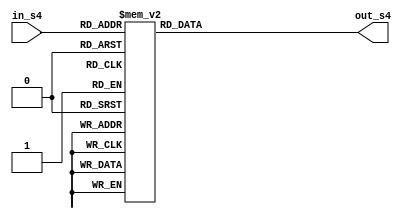
module s_box_04(in_s4,out_s4);

input [7:0] in_s4;
output reg [31:0] out_s4;

always@(*)
begin
	
	case(in_s4)
	
8'h00 : out_s4 = 32'h3a39ce37  ;
8'h01 : out_s4 = 32'hd3faf5cf  ;
8'h02 : out_s4 = 32'habc27737  ;
8'h03 : out_s4 = 32'h5ac52d1b  ;
8'h04 : out_s4 = 32'h5cb0679e  ;
8'h05 : out_s4 = 32'h4fa33742  ;
8'h06 : out_s4 = 32'hd3822740  ;
8'h07 : out_s4 = 32'h99bc9bbe  ;
8'h08 : out_s4 = 32'hd5118e9d  ;
8'h09 : out_s4 = 32'hbf0f7315  ;
8'h0A : out_s4 = 32'hd62d1c7e  ;
8'h0B : out_s4 = 32'hc700c47b  ;
8'h0C : out_s4 = 32'hb78c1b6b  ;
8'h0D : out_s4 = 32'h21a19045  ;
8'h0E : out_s4 = 32'hb26eb1be  ;
8'h0F : out_s4 = 32'h6a366eb4  ;
8'h10 : out_s4 = 32'h5748ab2f  ;
8'h11 : out_s4 = 32'hbc946e79  ;
8'h12 : out_s4 = 32'hc6a376d2  ;
8'h13 : out_s4 = 32'h6549c2c8  ;
8'h14 : out_s4 = 32'h530ff8ee  ;
8'h15 : out_s4 = 32'h468dde7d  ;
8'h16 : out_s4 = 32'hd5730a1d  ;
8'h17 : out_s4 = 32'h4cd04dc6  ;
8'h18 : out_s4 = 32'h2939bbdb  ;
8'h19 : out_s4 = 32'ha9ba4650  ;
8'h1A : out_s4 = 32'hac9526e8  ;
8'h1B : out_s4 = 32'hbe5ee304  ;
8'h1C : out_s4 = 32'ha1fad5f0  ;
8'h1D : out_s4 = 32'h6a2d519a  ;
8'h1E : out_s4 = 32'h63ef8ce2  ;
8'h1F : out_s4 = 32'h9a86ee22  ;
8'h20 : out_s4 = 32'hc089c2b8  ;
8'h21 : out_s4 = 32'h43242ef6  ;
8'h22 : out_s4 = 32'ha51e03aa  ;
8'h23 : out_s4 = 32'h9cf2d0a4  ;
8'h24 : out_s4 = 32'h83c061ba  ;
8'h25 : out_s4 = 32'h9be96a4d  ;
8'h26 : out_s4 = 32'h8fe51550  ;
8'h27 : out_s4 = 32'hba645bd6  ;
8'h28 : out_s4 = 32'h2826a2f9  ;
8'h29 : out_s4 = 32'ha73a3ae1  ;
8'h2A : out_s4 = 32'h4ba99586  ;
8'h2B : out_s4 = 32'hef5562e9  ;
8'h2C : out_s4 = 32'hc72fefd3  ;
8'h2D : out_s4 = 32'hf752f7da  ;
8'h2E : out_s4 = 32'h3f046f69  ;
8'h2F : out_s4 = 32'h77fa0a59  ;
8'h30 : out_s4 = 32'h80e4a915  ;
8'h31 : out_s4 = 32'h87b08601  ;
8'h32 : out_s4 = 32'h9b09e6ad  ;
8'h33 : out_s4 = 32'h3b3ee593  ;
8'h34 : out_s4 = 32'he990fd5a  ;
8'h35 : out_s4 = 32'h9e34d797  ;
8'h36 : out_s4 = 32'h2cf0b7d9  ;
8'h37 : out_s4 = 32'h022b8b51  ;
8'h38 : out_s4 = 32'h96d5ac3a  ;
8'h39 : out_s4 = 32'h017da67d  ;
8'h3A : out_s4 = 32'hd1cf3ed6  ;
8'h3B : out_s4 = 32'h7c7d2d28  ;
8'h3C : out_s4 = 32'h1f9f25cf  ;
8'h3D : out_s4 = 32'hadf2b89b  ;
8'h3E : out_s4 = 32'h5ad6b472  ;
8'h3F : out_s4 = 32'h5a88f54c  ;
8'h40 : out_s4 = 32'he029ac71  ;
8'h41 : out_s4 = 32'he019a5e6  ;
8'h42 : out_s4 = 32'h47b0acfd  ;
8'h43 : out_s4 = 32'hed93fa9b  ;
8'h44 : out_s4 = 32'he8d3c48d  ;
8'h45 : out_s4 = 32'h283b57cc  ;
8'h46 : out_s4 = 32'hf8d56629  ;
8'h47 : out_s4 = 32'h79132e28  ;
8'h48 : out_s4 = 32'h785f0191  ;
8'h49 : out_s4 = 32'hed756055  ;
8'h4A : out_s4 = 32'hf7960e44  ;
8'h4B : out_s4 = 32'he3d35e8c  ;
8'h4C : out_s4 = 32'h15056dd4  ;
8'h4D : out_s4 = 32'h88f46dba  ;
8'h4E : out_s4 = 32'h03a16125  ;
8'h4F : out_s4 = 32'h0564f0bd  ;
8'h50 : out_s4 = 32'hc3eb9e15  ;
8'h51 : out_s4 = 32'h3c9057a2  ;
8'h52 : out_s4 = 32'h97271aec  ;
8'h53 : out_s4 = 32'ha93a072a  ;
8'h54 : out_s4 = 32'h1b3f6d9b  ;
8'h55 : out_s4 = 32'h1e6321f5  ;
8'h56 : out_s4 = 32'hf59c66fb  ;
8'h57 : out_s4 = 32'h26dcf319  ;
8'h58 : out_s4 = 32'h7533d928  ;
8'h59 : out_s4 = 32'hb155fdf5  ;
8'h5A : out_s4 = 32'h03563482  ;
8'h5B : out_s4 = 32'h8aba3cbb  ;
8'h5C : out_s4 = 32'h28517711  ;
8'h5D : out_s4 = 32'hc20ad9f8  ;
8'h5E : out_s4 = 32'habcc5167  ;
8'h5F : out_s4 = 32'hccad925f  ;
8'h60 : out_s4 = 32'h4de81751  ;
8'h61 : out_s4 = 32'h3830dc8e  ;
8'h62 : out_s4 = 32'h379d5862  ;
8'h63 : out_s4 = 32'h9320f991  ;
8'h64 : out_s4 = 32'hea7a90c2  ;
8'h65 : out_s4 = 32'hfb3e7bce  ;
8'h66 : out_s4 = 32'h5121ce64  ;
8'h67 : out_s4 = 32'h774fbe32  ;
8'h68 : out_s4 = 32'ha8b6e37e  ;
8'h69 : out_s4 = 32'hc3293d46  ;
8'h6A : out_s4 = 32'h48de5369  ;
8'h6B : out_s4 = 32'h6413e680  ;
8'h6C : out_s4 = 32'ha2ae0810  ;
8'h6D : out_s4 = 32'hdd6db224  ;
8'h6E : out_s4 = 32'h69852dfd  ;
8'h6F : out_s4 = 32'h09072166  ;
8'h70 : out_s4 = 32'hb39a460a  ;
8'h71 : out_s4 = 32'h6445c0dd  ;
8'h72 : out_s4 = 32'h586cdecf  ;
8'h73 : out_s4 = 32'h1c20c8ae  ;
8'h74 : out_s4 = 32'h5bbef7dd  ;
8'h75 : out_s4 = 32'h1b588d40  ;
8'h76 : out_s4 = 32'hccd2017f  ;
8'h77 : out_s4 = 32'h6bb4e3bb  ;
8'h78 : out_s4 = 32'hdda26a7e  ;
8'h79 : out_s4 = 32'h3a59ff45  ;
8'h7A : out_s4 = 32'h3e350a44  ;
8'h7B : out_s4 = 32'hbcb4cdd5  ;
8'h7C : out_s4 = 32'h72eacea8  ;
8'h7D : out_s4 = 32'hfa6484bb  ;
8'h7E : out_s4 = 32'h8d6612ae  ;
8'h7F : out_s4 = 32'hbf3c6f47  ;
8'h80 : out_s4 = 32'hd29be463  ;
8'h81 : out_s4 = 32'h542f5d9e  ;
8'h82 : out_s4 = 32'haec2771b  ;
8'h83 : out_s4 = 32'hf64e6370  ;
8'h84 : out_s4 = 32'h740e0d8d  ;
8'h85 : out_s4 = 32'he75b1357  ;
8'h86 : out_s4 = 32'hf8721671  ;
8'h87 : out_s4 = 32'haf537d5d  ;
8'h88 : out_s4 = 32'h4040cb08  ;
8'h89 : out_s4 = 32'h4eb4e2cc  ;
8'h8A : out_s4 = 32'h34d2466a  ;
8'h8B : out_s4 = 32'h0115af84  ;
8'h8C : out_s4 = 32'he1b00428  ;
8'h8D : out_s4 = 32'h95983a1d  ;
8'h8E : out_s4 = 32'h06b89fb4  ;
8'h8F : out_s4 = 32'hce6ea048  ;
8'h90 : out_s4 = 32'h6f3f3b82  ;
8'h91 : out_s4 = 32'h3520ab82  ;
8'h92 : out_s4 = 32'h011a1d4b  ;
8'h93 : out_s4 = 32'h277227f8  ;
8'h94 : out_s4 = 32'h611560b1  ;
8'h95 : out_s4 = 32'he7933fdc  ;
8'h96 : out_s4 = 32'hbb3a792b  ;
8'h97 : out_s4 = 32'h344525bd  ;
8'h98 : out_s4 = 32'ha08839e1  ;
8'h99 : out_s4 = 32'h51ce794b  ;
8'h9A : out_s4 = 32'h2f32c9b7  ;
8'h9B : out_s4 = 32'ha01fbac9  ;
8'h9C : out_s4 = 32'he01cc87e  ;
8'h9D : out_s4 = 32'hbcc7d1f6  ;
8'h9E : out_s4 = 32'hcf0111c3  ;
8'h9F : out_s4 = 32'ha1e8aac7  ;
8'hA0 : out_s4 = 32'h1a908749  ;
8'hA1 : out_s4 = 32'hd44fbd9a  ;
8'hA2 : out_s4 = 32'hd0dadecb  ;
8'hA3 : out_s4 = 32'hd50ada38  ;
8'hA4 : out_s4 = 32'h0339c32a  ;
8'hA5 : out_s4 = 32'hc6913667  ;
8'hA6 : out_s4 = 32'h8df9317c  ;
8'hA7 : out_s4 = 32'he0b12b4f  ;
8'hA8 : out_s4 = 32'hf79e59b7  ;
8'hA9 : out_s4 = 32'h43f5bb3a  ;
8'hAA : out_s4 = 32'hf2d519ff  ;
8'hAB : out_s4 = 32'h27d9459c  ;
8'hAC : out_s4 = 32'hbf97222c  ;
8'hAD : out_s4 = 32'h15e6fc2a  ;
8'hAE : out_s4 = 32'h0f91fc71  ;
8'hAF : out_s4 = 32'h9b941525  ;
8'hB0 : out_s4 = 32'hfae59361  ;
8'hB1 : out_s4 = 32'hceb69ceb  ;
8'hB2 : out_s4 = 32'hc2a86459  ;
8'hB3 : out_s4 = 32'h12baa8d1  ;
8'hB4 : out_s4 = 32'hb6c1075e  ;
8'hB5 : out_s4 = 32'he3056a0c  ;
8'hB6 : out_s4 = 32'h10d25065  ;
8'hB7 : out_s4 = 32'hcb03a442  ;
8'hB8 : out_s4 = 32'he0ec6e0e  ;
8'hB9 : out_s4 = 32'h1698db3b  ;
8'hBA : out_s4 = 32'h4c98a0be  ;
8'hBB : out_s4 = 32'h3278e964  ;
8'hBC : out_s4 = 32'h9f1f9532  ;
8'hBD : out_s4 = 32'he0d392df  ;
8'hBE : out_s4 = 32'hd3a0342b  ;
8'hBF : out_s4 = 32'h8971f21e  ;
8'hC0 : out_s4 = 32'h1b0a7441  ;
8'hC1 : out_s4 = 32'h4ba3348c  ;
8'hC2 : out_s4 = 32'hc5be7120  ;
8'hC3 : out_s4 = 32'hc37632d8  ;
8'hC4 : out_s4 = 32'hdf359f8d  ;
8'hC5 : out_s4 = 32'h9b992f2e  ;
8'hC6 : out_s4 = 32'he60b6f47  ;
8'hC7 : out_s4 = 32'h0fe3f11d  ;
8'hC8 : out_s4 = 32'he54cda54  ;
8'hC9 : out_s4 = 32'h1edad891  ;
8'hCA : out_s4 = 32'hce6279cf  ;
8'hCB : out_s4 = 32'hcd3e7e6f  ;
8'hCC : out_s4 = 32'h1618b166  ;
8'hCD : out_s4 = 32'hfd2c1d05  ;
8'hCE : out_s4 = 32'h848fd2c5  ;
8'hCF : out_s4 = 32'hf6fb2299  ;
8'hD0 : out_s4 = 32'hf523f357  ;
8'hD1 : out_s4 = 32'ha6327623  ;
8'hD2 : out_s4 = 32'h93a83531  ;
8'hD3 : out_s4 = 32'h56cccd02  ;
8'hD4 : out_s4 = 32'hacf08162  ;
8'hD5 : out_s4 = 32'h5a75ebb5  ;
8'hD6 : out_s4 = 32'h6e163697  ;
8'hD7 : out_s4 = 32'h88d273cc  ;
8'hD8 : out_s4 = 32'hde966292  ;
8'hD9 : out_s4 = 32'h81b949d0  ;
8'hDA : out_s4 = 32'h4c50901b  ;
8'hDB : out_s4 = 32'h71c65614  ;
8'hDC : out_s4 = 32'he6c6c7bd  ;
8'hDD : out_s4 = 32'h327a140a  ;
8'hDE : out_s4 = 32'h45e1d006  ;
8'hDF : out_s4 = 32'hc3f27b9a  ;
8'hE0 : out_s4 = 32'hc9aa53fd  ;
8'hE1 : out_s4 = 32'h62a80f00  ;
8'hE2 : out_s4 = 32'hbb25bfe2  ;
8'hE3 : out_s4 = 32'h35bdd2f6  ;
8'hE4 : out_s4 = 32'h71126905  ;
8'hE5 : out_s4 = 32'hb2040222  ;
8'hE6 : out_s4 = 32'hb6cbcf7c  ;
8'hE7 : out_s4 = 32'hcd769c2b  ;
8'hE8 : out_s4 = 32'h53113ec0  ;
8'hE9 : out_s4 = 32'h1640e3d3  ;
8'hEA : out_s4 = 32'h38abbd60  ;
8'hEB : out_s4 = 32'h2547adf0  ;
8'hEC : out_s4 = 32'hba38209c  ;
8'hED : out_s4 = 32'hf746ce76  ;
8'hEE : out_s4 = 32'h77afa1c5  ;
8'hEF : out_s4 = 32'h20756060  ;
8'hF0 : out_s4 = 32'h85cbfe4e  ;
8'hF1 : out_s4 = 32'h8ae88dd8  ;
8'hF2 : out_s4 = 32'h7aaaf9b0  ;
8'hF3 : out_s4 = 32'h4cf9aa7e  ;
8'hF4 : out_s4 = 32'h1948c25c  ;
8'hF5 : out_s4 = 32'h02fb8a8c  ;
8'hF6 : out_s4 = 32'h01c36ae4  ;
8'hF7 : out_s4 = 32'hd6ebe1f9  ;
8'hF8 : out_s4 = 32'h90d4f869  ;
8'hF9 : out_s4 = 32'ha65cdea0  ;
8'hFA : out_s4 = 32'h3f09252d  ;
8'hFB : out_s4 = 32'hc208e69f  ;
8'hFC : out_s4 = 32'hb74e6132  ;
8'hFD : out_s4 = 32'hce77e25b  ;
8'hFE : out_s4 = 32'h578fdfe3  ;
8'hFF : out_s4 = 32'h3ac372e6  ;

endcase
end
endmodule